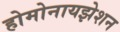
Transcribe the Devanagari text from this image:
होमोनायझेशन